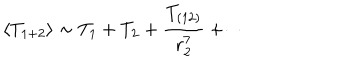
\langle T _ { 1 + 2 } \rangle \sim T _ { 1 } + T _ { 2 } + \frac { T _ { ( 1 2 ) } } { r _ { 2 } ^ { 7 } } + \cdots